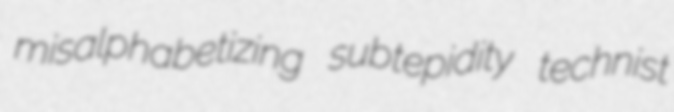
misalphabetizing subtepidity technist